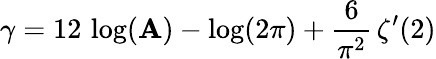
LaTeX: \gamma=12\, \log(\mathbf{A})-\log(2\pi)+{\frac{{6}}{{\pi^{2}}}}\, \zeta^{\prime}(2)